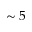
\sim 5